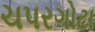
ચપરગોટા